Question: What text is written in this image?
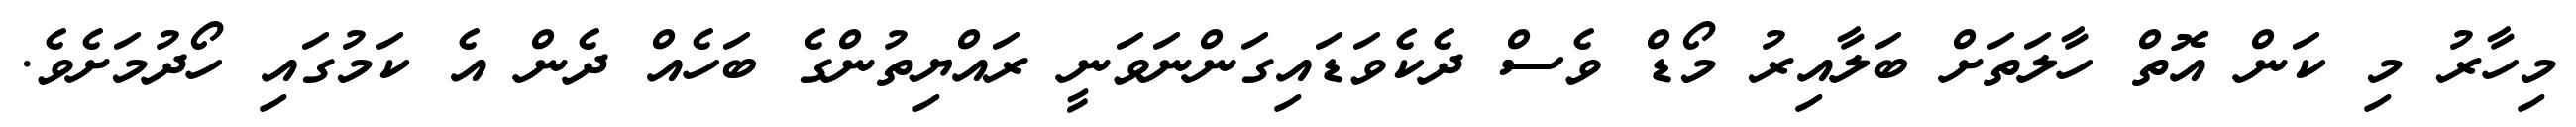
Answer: މިހާރު މި ކަން އޮތް ހާލަތަށް ބަލާއިރު މޯޑް ވެސް ދެކެވަޑައިގަންނަވަނީ ރައްޔިތުންގެ ބަހެއް ދެން އެ ކަމުގައި ހޯދުމަށެވެ.